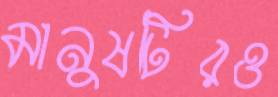
মানুষটিরও